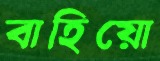
বাহিয়ো